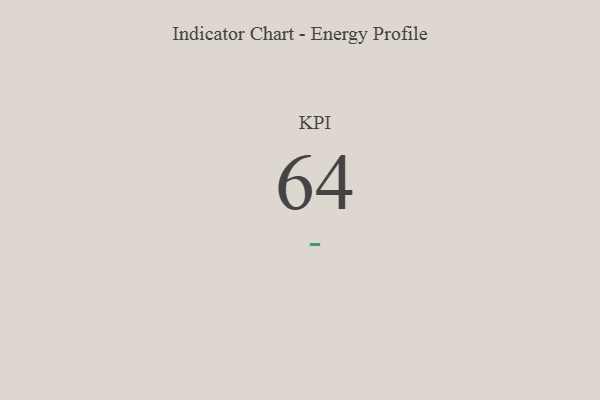
{"axis": {"x": "KPI", "y": "Value"}, "legend": [""], "data": [{"x": "KPI", "y": 64, "type": ""}]}